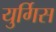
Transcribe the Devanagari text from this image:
युर्गिस